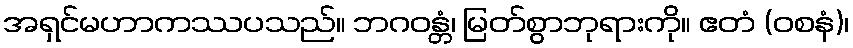
အရှင်မဟာကဿပသည်။ ဘဂဝန္တံ၊ မြတ်စွာဘုရားကို။ ဧတံ (ဝစနံ)၊